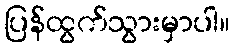
ပြန်ထွက်သွားမှာပါ။